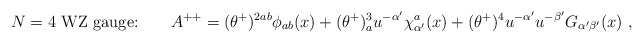
\begin{align*}\mbox{$N=4$ WZ gauge:}\qquad A^{++}= (\theta^+)^{2ab}\phi_{ab}(x) +(\theta^+)^3_au^{-\alpha'}\chi^{a}_{\alpha'}(x) + (\theta^+)^4 u^{-\alpha'}u^{-\beta'}G_{\alpha'\beta'}(x)\ ,\end{align*}